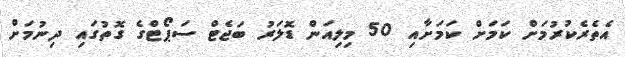
އެތެރެކުރުމަށް ކަމަށް ކަމަށާއި 50 މިލިއަން ޑޮލަރު ބަޖެޓް ސަޕޯޓްގެ ގޮތުގައި ދިނުމަށް